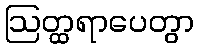
ဩတ္ထရာပေတွာ